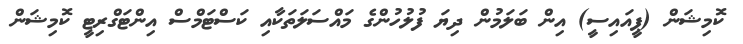
ކޮމިޝަން (ޕީއައިސީ) އިން ބަލަމުން ދިޔަ ފުލުހުންގެ މައްސަލަތަކާއި ކަސްޓަމްސް އިންޓަގްރިޓީ ކޮމިޝަން